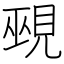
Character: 覡